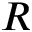
R